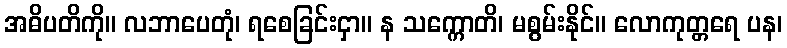
အဓိပတိကို။ လဘာပေတုံ၊ ရစေခြင်းငှာ။ န သက္ကောတိ၊ မစွမ်းနိုင်။ လောကုတ္တရေ ပန၊